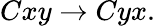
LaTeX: Cxy\rightarrow Cyx.